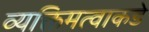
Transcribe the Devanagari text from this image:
व्यक्तिमत्वाकडे